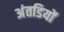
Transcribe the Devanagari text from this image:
अंतडियों